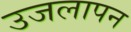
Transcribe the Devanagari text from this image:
उजलापन